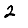
Digit: 2